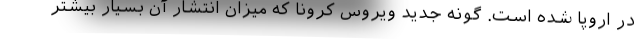
در اروپا شده است. گونه جدید ویروس کرونا که میزان انتشار آن بسیار بیشتر